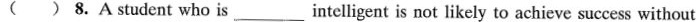
( ) 8.A student who is ___intelligent is not likely to achieve success without